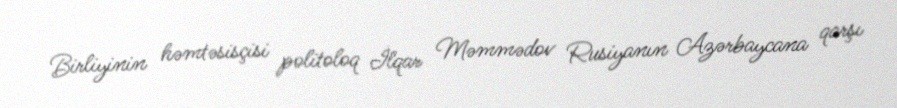
Birliyinin həmtəsisçisi politoloq İlqar Məmmədov Rusiyanın Azərbaycana qarşı